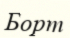
Борт